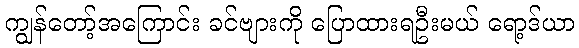
ကျွန်တော့်အကြောင်း ခင်ဗျားကို ပြောထားရဦးမယ် ရော့ဒ်ယာ